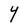
Character: Y